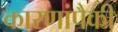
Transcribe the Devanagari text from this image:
कारणांपैकी